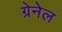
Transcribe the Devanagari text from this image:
ग्रेनेल